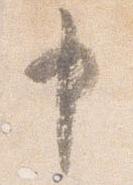
申